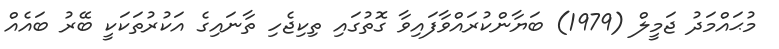
މުޙައްމަދު ޖަމީލް (1979) ބަޔާންކުރައްވާފައިވާ ގޮތުގައި ތިކިޖެހި ތާނައިގެ އަކުރުތަކަކީ ބޭރު ބައެއް